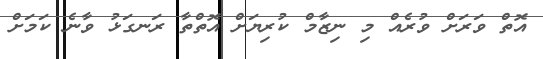
އޮތް ވަރަށް ވުރެއް މި ނިޒާމް ކުރިޔަށް އޮތްތާ ރަނގަޅު ވާނެ ކަމަށް